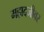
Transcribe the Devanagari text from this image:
महादजीवर